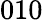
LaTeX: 010